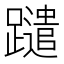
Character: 𨇀